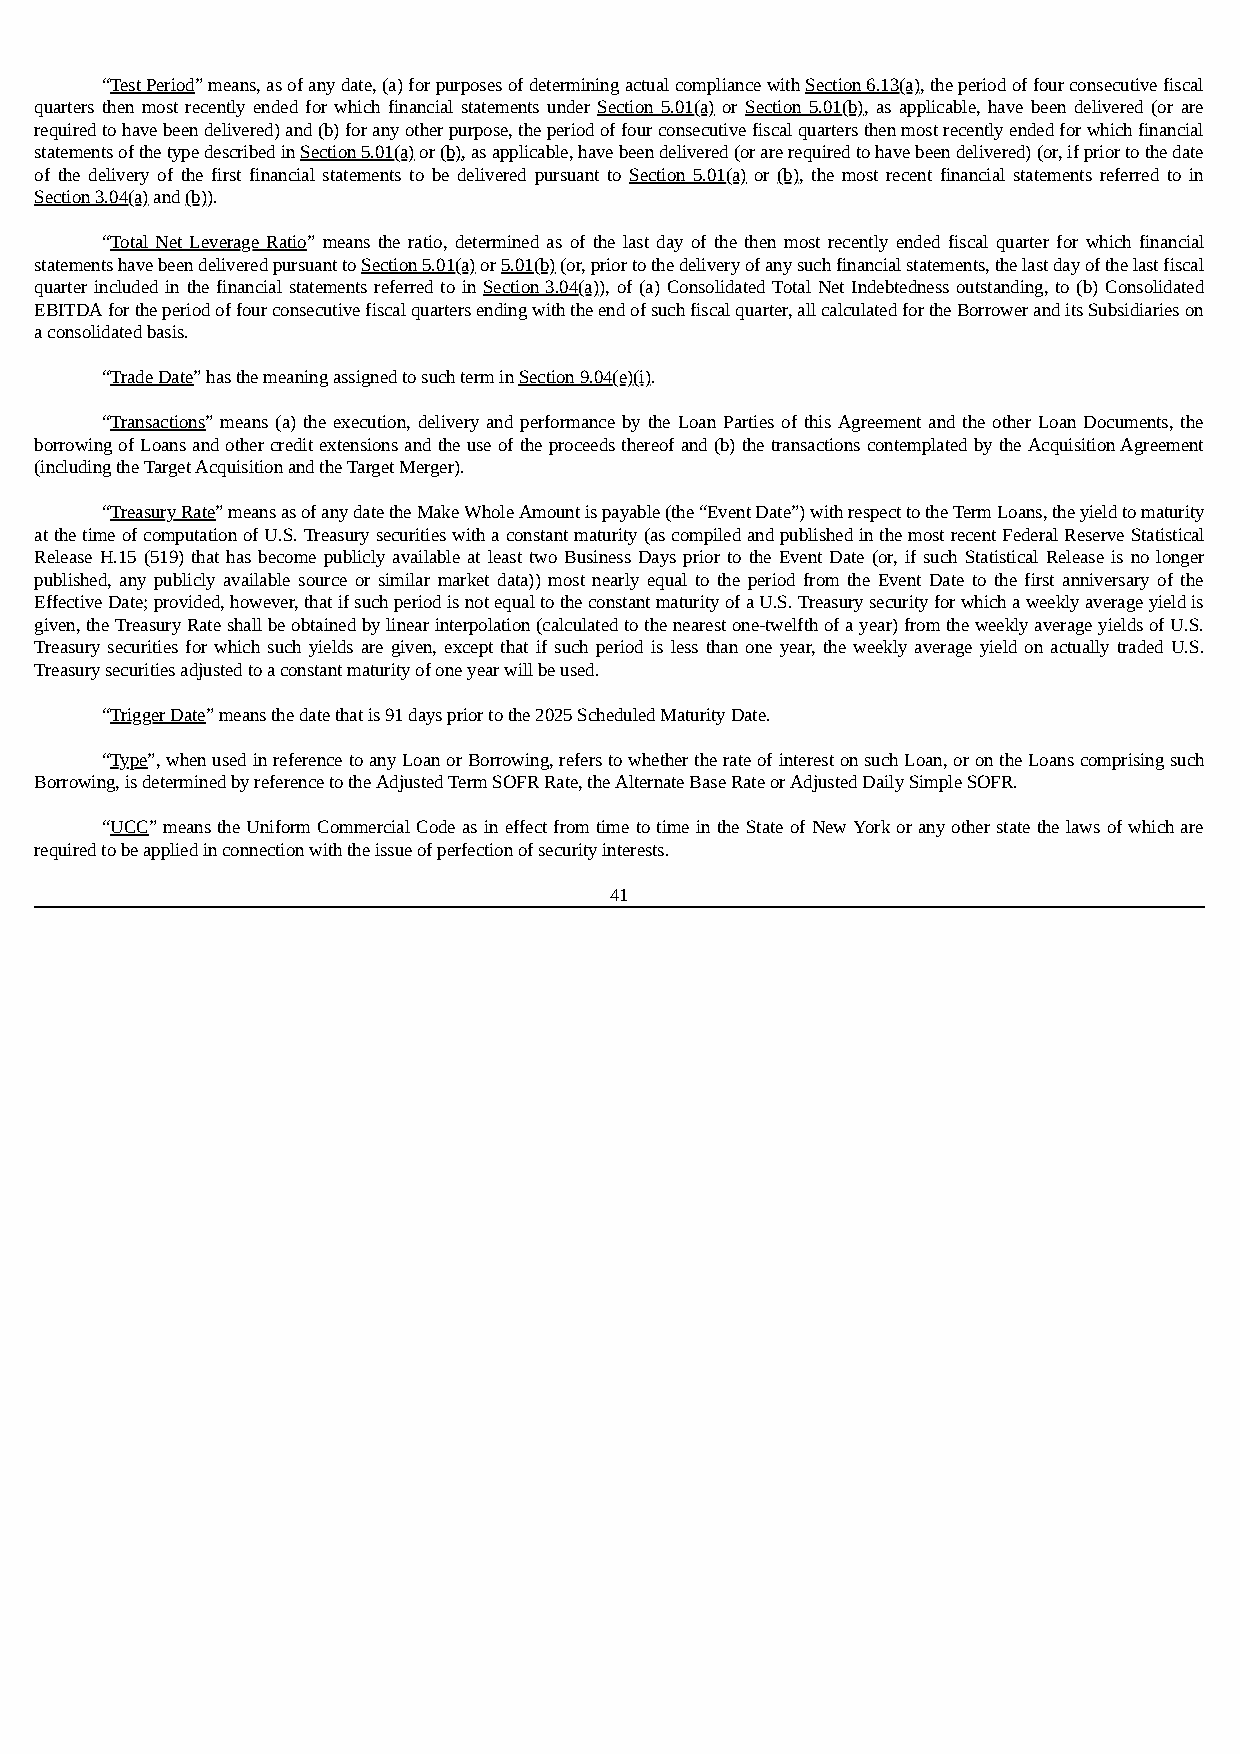
“Test Period” means, as of any date, (a) for purposes of determining actual compliance with Section 6.13(a), the period of four consecutive fiscal
 quarters then most recently ended for which financial statements under Section 5.01(a) or Section 5.01(b), as applicable, have been delivered (or are
 required to have been delivered) and (b) for any other purpose, the period of four consecutive fiscal quarters then most recently ended for which financial
 statements of the type described in Section 5.01(a) or (b), as applicable, have been delivered (or are required to have been delivered) (or, if prior to the date
 of the delivery of the first financial statements to be delivered pursuant to Section 5.01(a) or (b), the most recent financial statements referred to in
 Section 3.04(a) and (b)).
 “Total Net Leverage Ratio” means the ratio, determined as of the last day of the then most recently ended fiscal quarter for which financial
 statements have been delivered pursuant to Section 5.01(a) or 5.01(b) (or, prior to the delivery of any such financial statements, the last day of the last fiscal
 quarter included in the financial statements referred to in Section 3.04(a)), of (a) Consolidated Total Net Indebtedness outstanding, to (b) Consolidated
 EBITDA for the period of four consecutive fiscal quarters ending with the end of such fiscal quarter, all calculated for the Borrower and its Subsidiaries on
 a consolidated basis.
 “Trade Date” has the meaning assigned to such term in Section 9.04(e)(i).
 “Transactions” means (a) the execution, delivery and performance by the Loan Parties of this Agreement and the other Loan Documents, the
 borrowing of Loans and other credit extensions and the use of the proceeds thereof and (b) the transactions contemplated by the Acquisition Agreement
 (including the Target Acquisition and the Target Merger).
 “Treasury Rate” means as of any date the Make Whole Amount is payable (the “Event Date”) with respect to the Term Loans, the yield to maturity
 at the time of computation of U.S. Treasury securities with a constant maturity (as compiled and published in the most recent Federal Reserve Statistical
 Release H.15 (519) that has become publicly available at least two Business Days prior to the Event Date (or, if such Statistical Release is no longer
 published, any publicly available source or similar market data)) most nearly equal to the period from the Event Date to the first anniversary of the
 Effective Date; provided, however, that if such period is not equal to the constant maturity of a U.S. Treasury security for which a weekly average yield is
 given, the Treasury Rate shall be obtained by linear interpolation (calculated to the nearest one-twelfth of a year) from the weekly average yields of U.S.
 Treasury securities for which such yields are given, except that if such period is less than one year, the weekly average yield on actually traded U.S.
 Treasury securities adjusted to a constant maturity of one year will be used.
 “Trigger Date” means the date that is 91 days prior to the 2025 Scheduled Maturity Date.
 “Type”, when used in reference to any Loan or Borrowing, refers to whether the rate of interest on such Loan, or on the Loans comprising such
 Borrowing, is determined by reference to the Adjusted Term SOFR Rate, the Alternate Base Rate or Adjusted Daily Simple SOFR.
 “UCC” means the Uniform Commercial Code as in effect from time to time in the State of New York or any other state the laws of which are
 required to be applied in connection with the issue of perfection of security interests.
 41